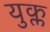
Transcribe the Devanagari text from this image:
युक्ल